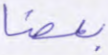
بعضا